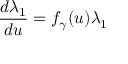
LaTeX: \frac { d \lambda _ { 1 } } { d u } = f _ { \gamma } ( u ) \lambda _ { 1 }